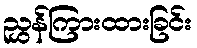
ညွှန်ကြားထားခြင်း